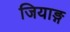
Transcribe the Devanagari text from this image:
जियाङ्ग